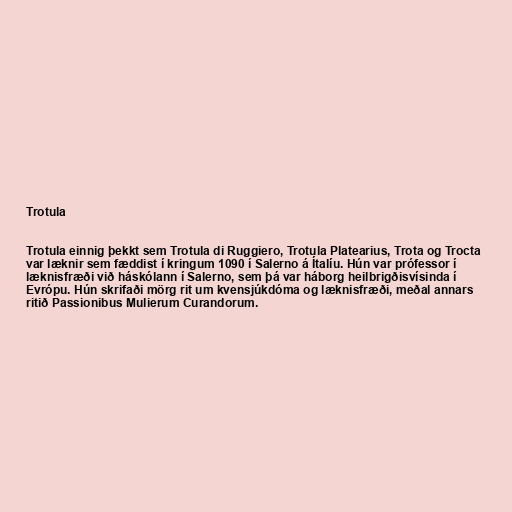
Trotula

Trotula einnig þekkt sem Trotula di Ruggiero, Trotula Platearius, Trota og Trocta
var læknir sem fæddist í kringum 1090 í Salerno á Ítalíu. Hún var prófessor í
læknisfræði við háskólann í Salerno, sem þá var háborg heilbrigðisvísinda í
Evrópu. Hún skrifaði mörg rit um kvensjúkdóma og læknisfræði, meðal annars
ritið Passionibus Mulierum Curandorum.